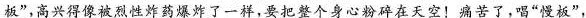
板”,高兴得像被烈性炸药爆炸了一样，要把整个身心粉碎在填空！痛苦了，唱“慢板”，